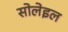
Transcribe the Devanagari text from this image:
सोलेइल